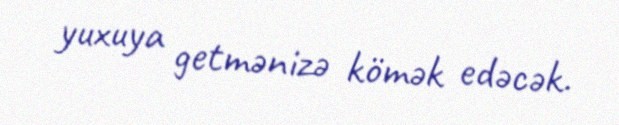
yuxuya getmənizə kömək edəcək.